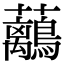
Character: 𧅯